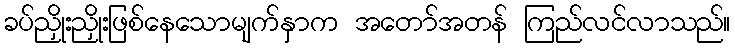
ခပ်ညှိုးညှိုးဖြစ်နေသောမျက်နှာက အတော်အတန် ကြည်လင်လာသည်။